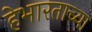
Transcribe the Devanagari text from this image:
हेभारताच्या